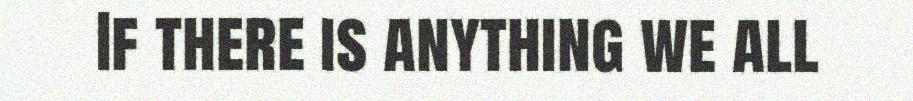
If there is anything we all